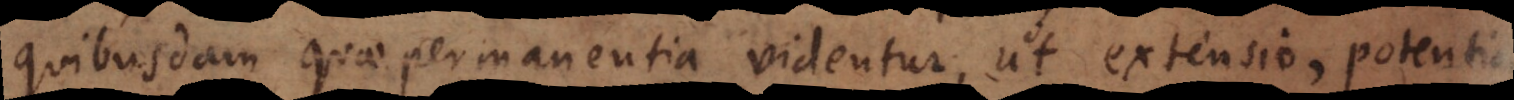
quibusdam quae permanentia videntur, ut extensio, potentia